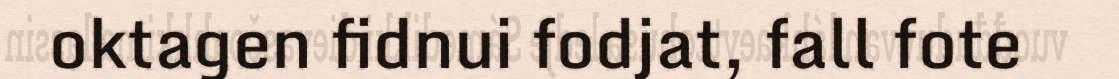
oktagen fidnui fodjat, fall fote